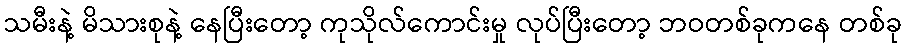
သမီးနဲ့ မိသားစုနဲ့ နေပြီးတော့ ကုသိုလ်ကောင်းမှု လုပ်ပြီးတော့ ဘဝတစ်ခုကနေ တစ်ခု